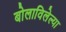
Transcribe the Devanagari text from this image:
बोलाविलेल्या